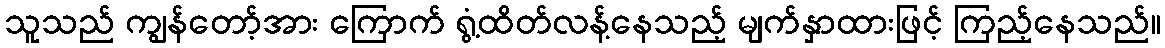
သူသည် ကျွန်တော့်အား ကြောက် ရွံ့ထိတ်လန့်နေသည့် မျက်နှာထားဖြင့် ကြည့်နေသည်။